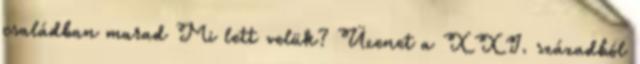
családban marad Mi lett velük? Üzenet a XXI. századból